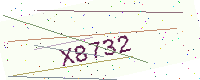
Text: X8732